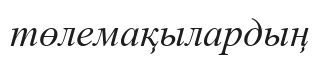
төлемақылардың